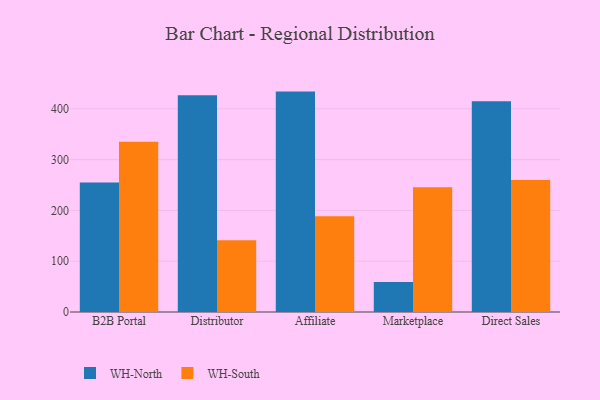
{"axis": {"x": "Channel", "y": "Shipments"}, "legend": ["WH-North", "WH-South"], "data": [{"x": "B2B Portal", "y": 254.9, "type": "WH-North"}, {"x": "B2B Portal", "y": 335.0, "type": "WH-South"}, {"x": "Distributor", "y": 426.6, "type": "WH-North"}, {"x": "Distributor", "y": 141.4, "type": "WH-South"}, {"x": "Affiliate", "y": 433.9, "type": "WH-North"}, {"x": "Affiliate", "y": 188.6, "type": "WH-South"}, {"x": "Marketplace", "y": 59.2, "type": "WH-North"}, {"x": "Marketplace", "y": 245.6, "type": "WH-South"}, {"x": "Direct Sales", "y": 414.8, "type": "WH-North"}, {"x": "Direct Sales", "y": 260.0, "type": "WH-South"}]}